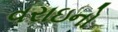
વરાઇનો